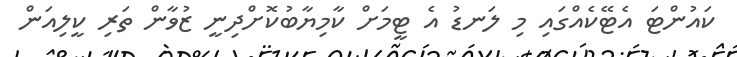
ކައުންޓަ އެޓޭކެއްގައި މި ލަނޑު އެ ޓީމަށް ކާމިޔާބުކޮށްދިނީ ޒުވާން ތަރި ކީލިއަން